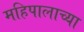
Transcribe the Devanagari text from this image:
महिपालाच्या